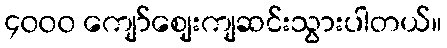
၄၀၀၀ ကျော်ဈေးကျဆင်းသွားပါတယ်။